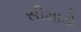
સીમાડો